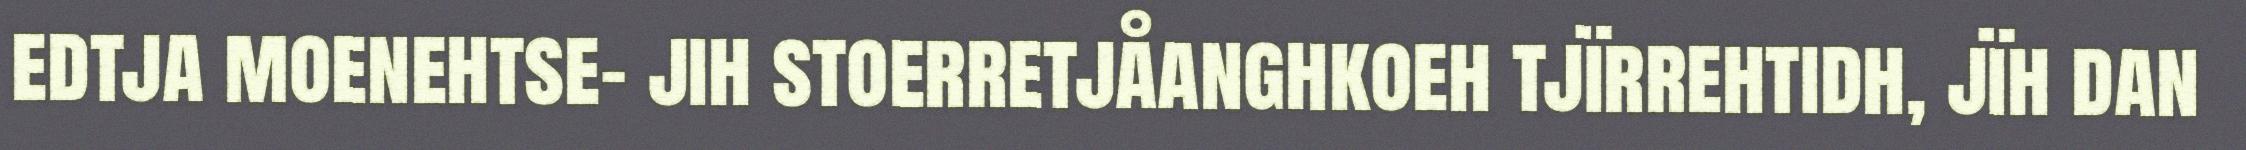
edtja moenehtse- jih stoerretjåanghkoeh tjïrrehtidh, jïh dan